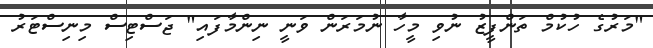
"މަރުގެ ހުކުމް ތަންފީޒު ނުވި މީހާ ނުމަރަން ވަނީ ނިންމާފައި" ޖަސްޓިސް މިނިސްޓަރު